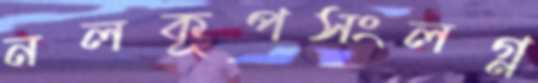
নলকূপসংলগ্ন